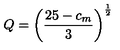
Q = \left( { \frac { 2 5 - c _ { m } } { 3 } } \right) ^ { \frac 1 2 }